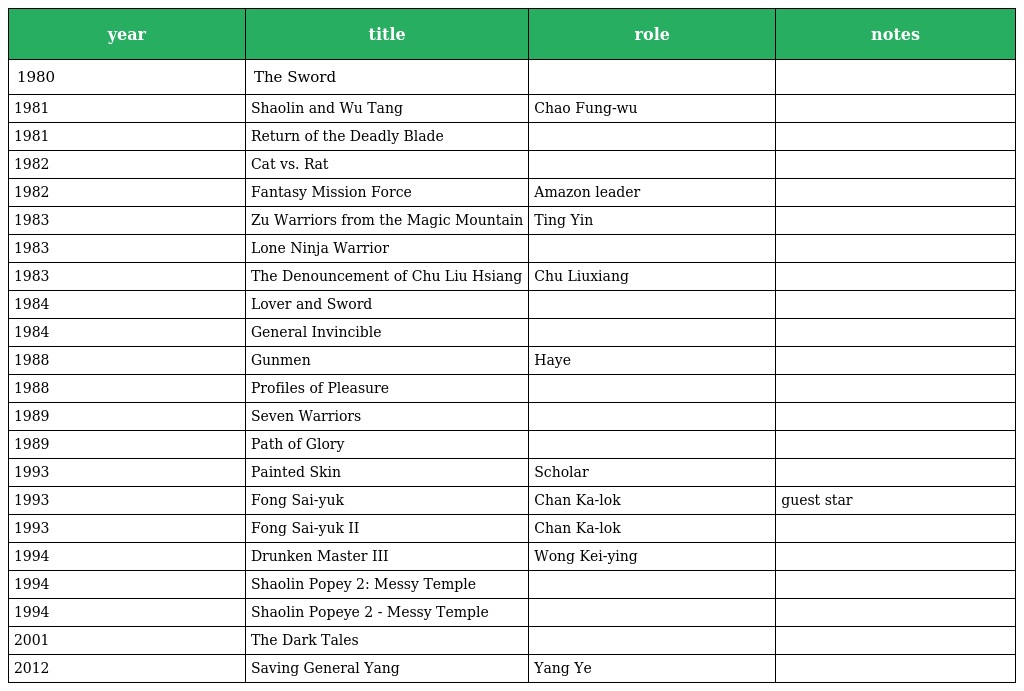
| year | title | role | notes |
 | --- | --- | --- | --- |
 | 1980 | The Sword |  |  |
 | 1981 | Shaolin and Wu Tang | Chao Fung-wu |  |
 | 1981 | Return of the Deadly Blade |  |  |
 | 1982 | Cat vs. Rat |  |  |
 | 1982 | Fantasy Mission Force | Amazon leader |  |
 | 1983 | Zu Warriors from the Magic Mountain | Ting Yin |  |
 | 1983 | Lone Ninja Warrior |  |  |
 | 1983 | The Denouncement of Chu Liu Hsiang | Chu Liuxiang |  |
 | 1984 | Lover and Sword |  |  |
 | 1984 | General Invincible |  |  |
 | 1988 | Gunmen | Haye |  |
 | 1988 | Profiles of Pleasure |  |  |
 | 1989 | Seven Warriors |  |  |
 | 1989 | Path of Glory |  |  |
 | 1993 | Painted Skin | Scholar |  |
 | 1993 | Fong Sai-yuk | Chan Ka-lok | guest star |
 | 1993 | Fong Sai-yuk II | Chan Ka-lok |  |
 | 1994 | Drunken Master III | Wong Kei-ying |  |
 | 1994 | Shaolin Popey 2: Messy Temple |  |  |
 | 1994 | Shaolin Popeye 2 - Messy Temple |  |  |
 | 2001 | The Dark Tales |  |  |
 | 2012 | Saving General Yang | Yang Ye |  |